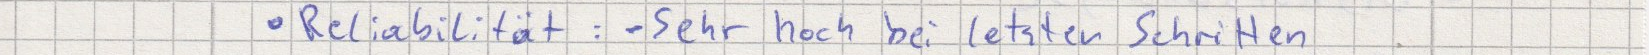
Reliabilität: - Sehr hoch bei letzten Schritten